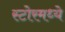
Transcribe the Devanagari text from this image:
स्टोरमध्ये